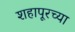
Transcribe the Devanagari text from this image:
शहापूरच्या